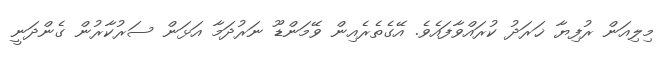
މިލިއަން ރުފިޔާ ޚަރަދު ކުރައްވާފައެވެ. އޭގެތެރެއިން ވޭމަންޑޫ ނަރުދަމާ އަޅަން ސަރުކާރުން ގެންދަނީ